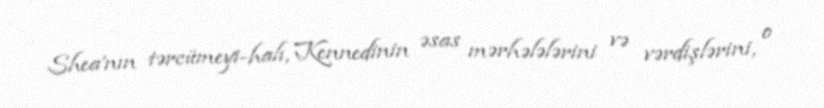
Shea'nın tərcümeyi-halı, Kennedinin əsas mərhələlərini və vərdişlərini, o